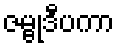
ဇမ္ဗုဒီပကာ